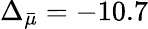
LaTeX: \Delta_{\bar{\mu}}=-10.7